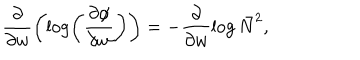
LaTeX: \frac { \partial } { \partial w } \left( \log \left( \frac { \partial \phi } { \partial w } \right) \right) = - \frac { \partial } { \partial w } \log \bar { N } ^ { 2 } ,